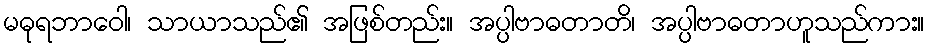
မဓုရဘာဝေါ၊ သာယာသည်၏ အဖြစ်တည်း။ အပ္ပါဗာဓတာတိ၊ အပ္ပါဗာဓတာဟူသည်ကား။